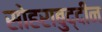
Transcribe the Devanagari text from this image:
सोहराबुद्दीन